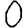
Digit: 0